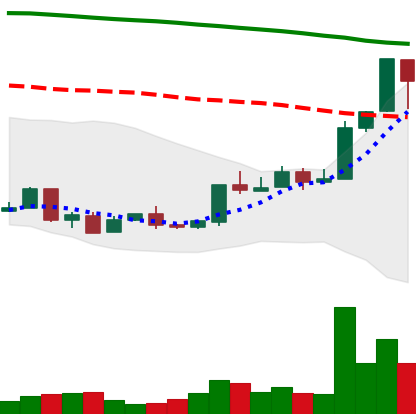
Ticker: XMR-USD
Chart end date: 2018-04-21
Forward return: 3.909%
Label: up_3_5